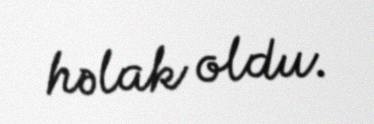
həlak oldu.